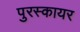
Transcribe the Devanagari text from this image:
पुरस्कायर